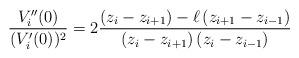
LaTeX: \begin{align*}\frac{V_{i}^{\prime \prime }(0)}{(V_{i}^{\prime }(0))^{2}}=2\frac{\left(z_{i}-z_{i+1}\right) -\ell \left( z_{i+1}-z_{i-1}\right) }{\left(z_{i}-z_{i+1}\right) \left( z_{i}-z_{i-1}\right) } \end{align*}